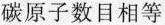
碳原子数目相等